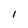
Character: 1